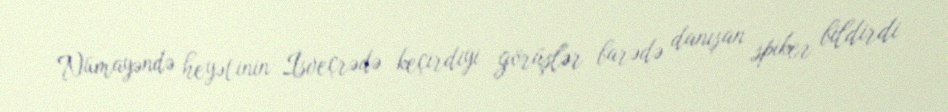
Nümayəndə heyətinin İsveçrədə keçirdiyi görüşlər barədə danışan spiker bildirdi